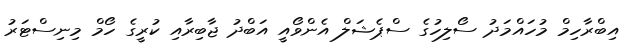
އިބްރާހިމް މުހައްމަދު ސޯލިހުގެ ސްޕެޝަލް އެންވޯއީ އަބްދު ޖާބިރާއި ކުރީގެ ހޯމް މިނިސްޓަރު